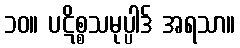
၁၀။ ပဋိစ္စသမုပ္ပါဒ် အရသာ။